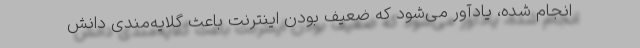
انجام شده، یادآور می‌شود که ضعیف بودن اینترنت باعث گلایه‌مندی دانش